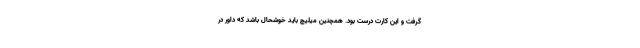
گرفت و این کارت درست بود. همچنین میلیچ باید خوشحال باشد که داور در